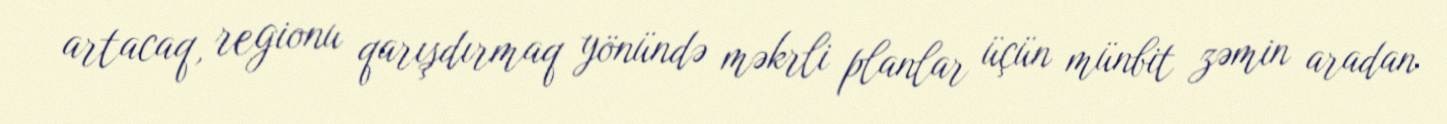
artacaq, regionu qarışdırmaq yönündə məkrli planlar üçün münbit zəmin aradan